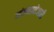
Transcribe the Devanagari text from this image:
व्यंजनाशेजारी